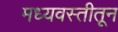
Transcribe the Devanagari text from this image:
मध्यवस्तीतून